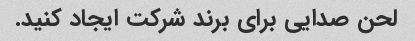
لحن صدایی برای برند شرکت ایجاد کنید.